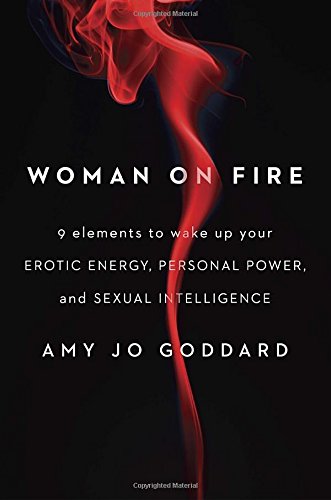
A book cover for Woman on Fire: 9 Elements to Wake Up Your Erotic Energy, Personal Power, and Sexual Intelligence; Amy Jo Goddard; Self-Help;